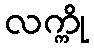
လက္ကို